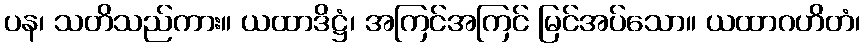
ပန၊ သတိသည်ကား။ ယထာဒိဋ္ဌံ၊ အကြင်အကြင် မြင်အပ်သော။ ယထာဂဟိတံ၊